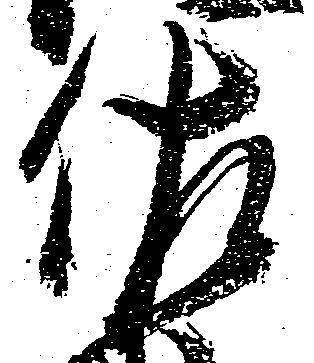
佐